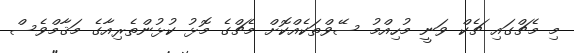
މި މެޗްގައި ޗެކް ވަނީ މުހިއްމު ސޭވްތަކެއްކޮށް މެޗްގެ މޮޅު ކުޅުންތެރިއާގެ މަޤާމްވެސް